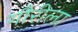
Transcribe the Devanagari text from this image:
गौरीला